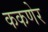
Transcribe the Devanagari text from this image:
ककणेर